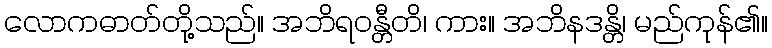
လောကဓာတ်တို့သည်။ အဘိရဝန္တီတိ၊ ကား။ အဘိနဒန္တိ၊ မည်ကုန်၏။